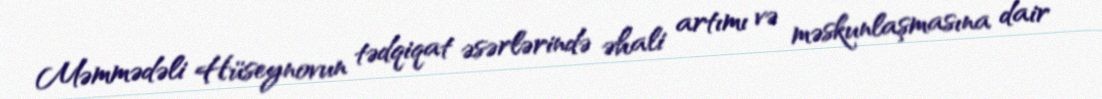
Məmmədəli Hüseynovun tədqiqat əsərlərində əhali artımı və məskunlaşmasına dair